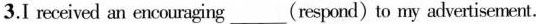
3.I received an encouraging___(respond)to my advertisement.